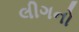
લીગનો